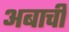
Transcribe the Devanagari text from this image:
अबाची